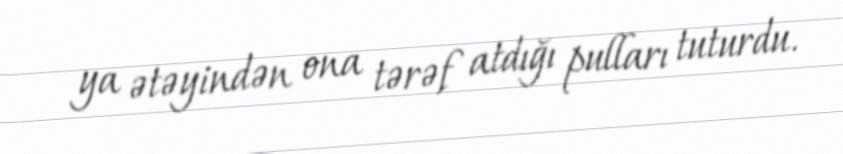
ya ətəyindən ona tərəf atdığı pulları tuturdu.